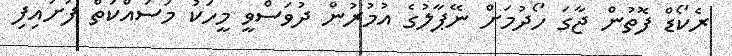
ރެކޯޑް ފޮތުން ޖާގަ ހޯދުމަށް ނޭޕާލުގެ އުމުރުން ދުވަސްވީ މީހަކު މަސައްކަތް ފަށައިފި